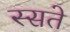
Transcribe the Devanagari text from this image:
स्सते